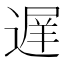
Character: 遅